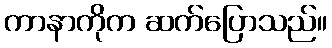
ကာနာကိုက ဆက်ပြောသည်။